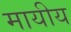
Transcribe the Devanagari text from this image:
मायीय